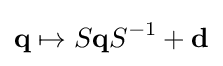
\mathbf {q} \mapsto S\mathbf {q} S^{-1}+\mathbf {d}